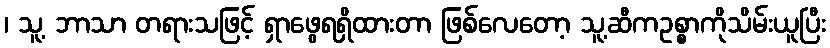
၊ သူ့ ဘာသာ တရားသဖြင့် ရှာဖွေရရှိထားတာ ဖြစ်လေတော့ သူ့ဆီကဥစ္စာကိုသိမ်းယူပြီး